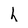
Character: h